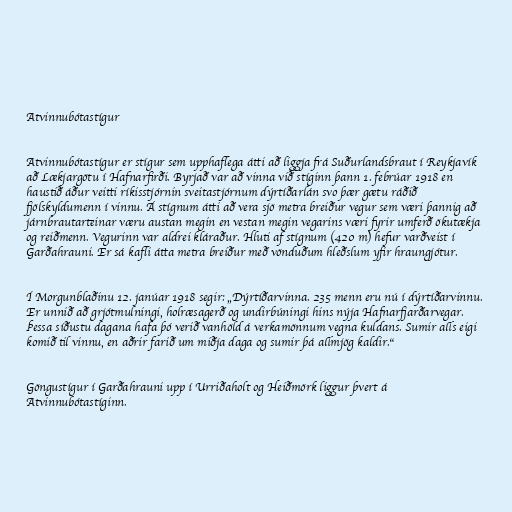
Atvinnubótastígur

Atvinnubótastígur er stígur sem upphaflega átti að liggja frá Suðurlandsbraut í Reykjavík
að Lækjargötu í Hafnarfirði. Byrjað var að vinna við stíginn þann 1. febrúar 1918 en
haustið áður veitti ríkisstjórnin sveitastjórnum dýrtíðarlán svo þær gætu ráðið
fjölskyldumenn í vinnu. Á stígnum átti að vera sjö metra breiður vegur sem væri þannig að
járnbrautarteinar væru austan megin en vestan megin vegarins væri fyrir umferð ökutækja
og reiðmenn. Vegurinn var aldrei kláraður. Hluti af stígnum (420 m) hefur varðveist í
Garðahrauni. Er sá kafli átta metra breiður með vönduðum hleðslum yfir hraungjótur.

Í Morgunblaðinu 12. janúar 1918 segir: „Dýrtíðarvinna. 235 menn eru nú í dýrtíðarvinnu.
Er unnið að grjótmulningi, holræsagerð og undirbúningi hins nýja Hafnarfjarðarvegar.
Þessa síðustu dagana hafa þó verið vanhöld á verkamönnum vegna kuldans. Sumir alls eigi
komið til vinnu, en aðrir farið um miðja daga og sumir þá allmjög kaldir.“

Göngustígur í Garðahrauni upp í Urriðaholt og Heiðmörk liggur þvert á
Atvinnubótastíginn.